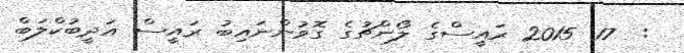
:  17